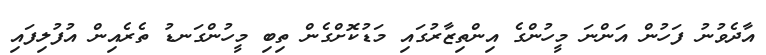
އާދެވުނު ފަހުން އަންނަ މީހުންގެ އިންތިޒާރުގައި މަޑުކޮށްގެން ތިބި މީހުންގަނޑު ތެރެއިން އުފުލިފައި